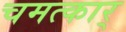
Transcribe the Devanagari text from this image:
चमत्कार्